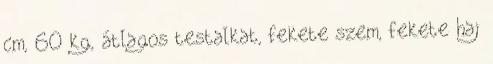
cm, 60 kg, átlagos testalkat, fekete szem, fekete haj